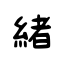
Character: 緒